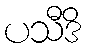
ပသီဒိ